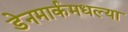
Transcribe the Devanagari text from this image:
डेनमार्कमधल्या